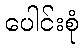
ပေါင်းစုံ